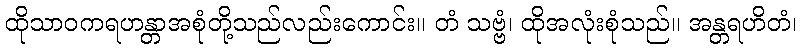
ထိုသာဝကရဟန္တာအစုံတို့သည်လည်းကောင်း။ တံ သဗ္ဗံ၊ ထိုအလုံးစုံသည်။ အန္တရဟိတံ၊